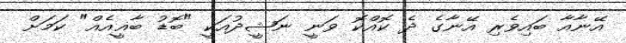
އޭނާއާ ބައިވެރި އޭނާގެ ދެ ކޮއްކޮ ވަނީ ނަޝީދުއަކީ "ބޮޑު ބާޣީއެއް" ކަމަށް